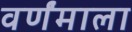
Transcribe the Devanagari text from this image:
वर्णंमाला